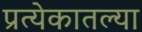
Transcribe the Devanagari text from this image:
प्रत्येकातल्या